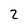
Character: 2